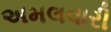
અમલવારી